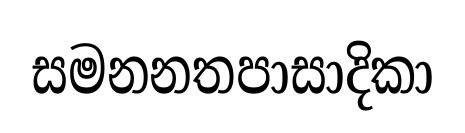
සමනනතපාසාදිකා